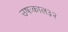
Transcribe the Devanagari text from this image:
उषःकाल३२